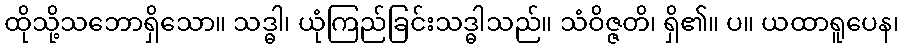
ထိုသို့သဘောရှိသော။ သဒ္ဓါ၊ ယုံကြည်ခြင်းသဒ္ဓါသည်။ သံဝိဇ္ဇတိ၊ ရှိ၏။ ပ။ ယထာရူပေန၊